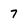
Character: 7